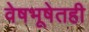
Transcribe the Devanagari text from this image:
वेषभूषेतही